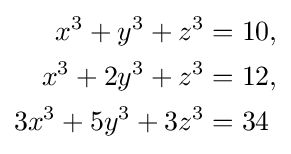
{\begin{aligned}x^{3}+y^{3}+z^{3}&=10,\\x^{3}+2y^{3}+z^{3}&=12,\\3x^{3}+5y^{3}+3z^{3}&=34\end{aligned}}